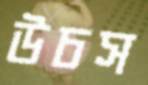
উচস